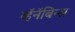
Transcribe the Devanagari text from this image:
व्हॅनॅबिन्स